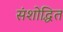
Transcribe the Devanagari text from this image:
संशोद्धित